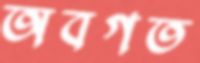
অবগত